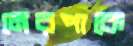
নেরপাকে